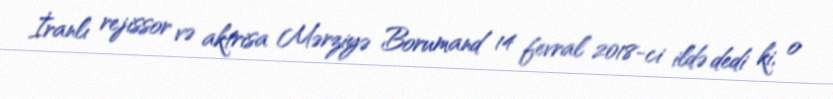
İranlı rejissor və aktrisa Mərziyə Borumand 14 fevral 2018-ci ildə dedi ki, o